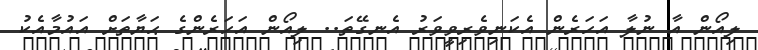
ލިއޯން އާ ނުލާ އަހަރެން އެކަނިވެރިވީވަރު އެނގޭތަ.. ލިއޯން އަހަރެންގެ ޙަޔާތަށް އައުމާއެކު